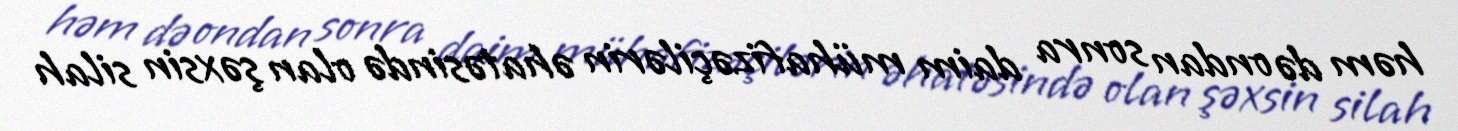
həm də ondan sonra daim mühafizəçilərin əhatəsində olan şəxsin silah